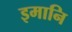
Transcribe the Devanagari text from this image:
इमानि